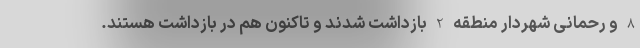
8 و رحمانی شهردار منطقه 2 بازداشت شدند و تاکنون هم در بازداشت هستند.